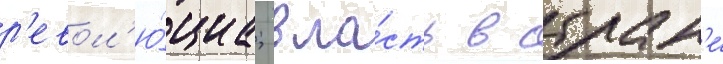
р'евол'ю́циа; вла́сть в стран'е́